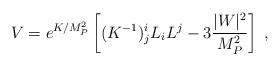
LaTeX: \begin{align*}V = e^{K/M_P^2} \left[(K^{-1})^i_j L_i L^j - 3\frac{|W|^2}{M_P^2}\right] \;,\end{align*}